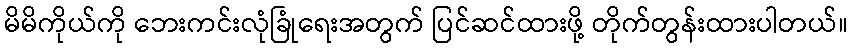
မိမိကိုယ်ကို ဘေးကင်းလုံခြုံရေးအတွက် ပြင်ဆင်ထားဖို့ တိုက်တွန်းထားပါတယ်။